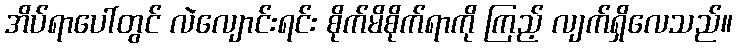
အိပ်ရာပေါ်တွင် လဲလျောင်းရင်း စိုက်မိစိုက်ရာကို ကြည့် လျက်ရှိလေသည်။